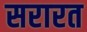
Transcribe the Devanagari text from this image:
सरारत